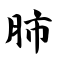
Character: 肺